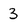
Character: 3